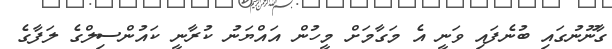
ގާނޫނުގައި ބުނެފައި ވަނީ އެ މަގާމަށް މީހުން އައްޔަނު ކުރާނީ ކައުންސިލްގެ ލަފާގެ